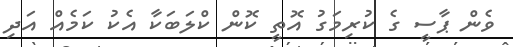
ވެން ޕާސީ ގެ ކުރިމަގު އޮތީ ކޮން ކްލަބަކާ އެކު ކަމެއް އަދި